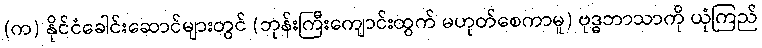
(က) နိုင်ငံခေါင်းဆောင်များတွင် (ဘုန်းကြီးကျောင်းထွက် မဟုတ်စေကာမူ) ဗုဒ္ဓဘာသာကို ယုံကြည်